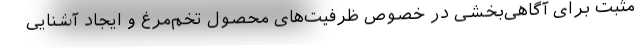
مثبت برای آگاهی‌بخشی در خصوص ظرفیت‌های محصول تخم‌مرغ و ایجاد آشنایی